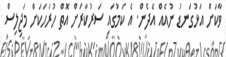
ވާކަށް އަޅުގަނޑު ނުއެއް އެދެން. އެ ކަމުގައި ސަރުކާރަށް އޮތް ހުރަހަކަށް މަޖިލިސް